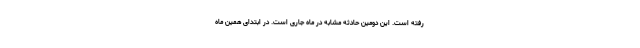
رفته است. این دومین حادثه مشابه در ماه جاری است. در ابتدای همین ماه